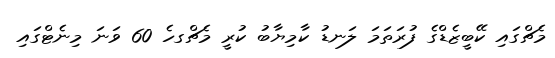
މެޗްގައި ކޭބީޒެޑްގެ ފުރަތަމަ ލަނޑު ކާމިޔާބު ކުރީ މެޗްގހެ 60 ވަނަ މިނެޓްގައި